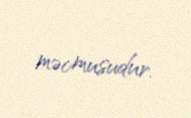
məcmusudur.